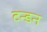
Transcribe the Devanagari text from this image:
टन्डन